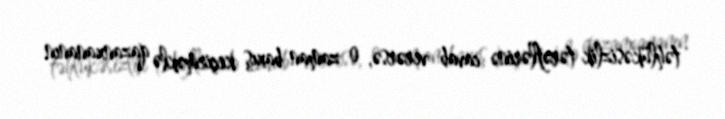
təhlükəsizlik tərəflərinə cavab verərsə, o zaman baxış keçirməklə qazanxananın